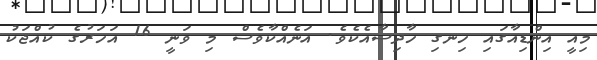
މިއީ އިންޑިއާގައި ހިނގި ހާދިސާއެކެވެ. އަނެއްކާވެސް މި ވަނީ 16 އަހަރުގެ ކުއްޖަކު